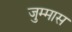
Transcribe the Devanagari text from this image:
जुम्मास